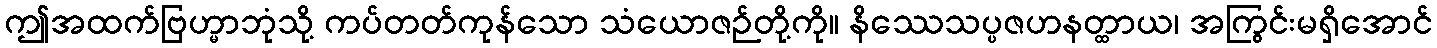
ဤအထက်ဗြဟ္မာဘုံသို့ ကပ်တတ်ကုန်သော သံယောဇဉ်တို့ကို။ နိဿေသပ္ပဇဟနတ္ထာယ၊ အကြွင်းမရှိအောင်